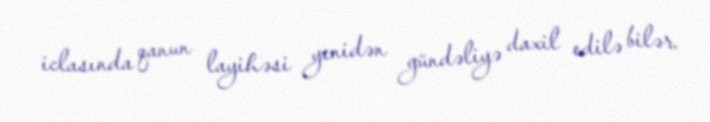
iclasında qanun layihəsi yenidən gündəliyə daxil edilə bilər.